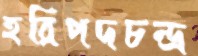
হরিপদচন্দ্র